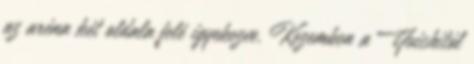
az aréna két oldala felé igyekezve. Kezemben a Yuichitól